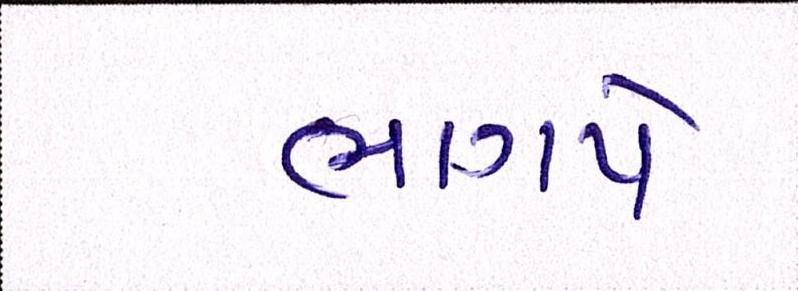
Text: ભાગપે